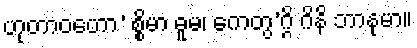
ဟုတာဝဟော’ စ္စိမာ ဓူမ၊ ကေတွ’ဂ္ဂိ ဂိနိ ဘာနုမာ။